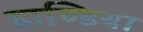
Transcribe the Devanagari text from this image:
डाण्डिया